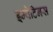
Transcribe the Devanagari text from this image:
इम्पेटिनस